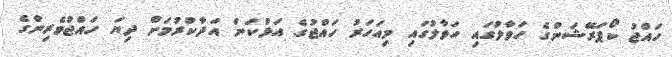
ހައްޖު ކޯޕަރޭޝަންގެ ހަވާލުގައި ހަވާލުގައި މިއަހަރު ހައްޖުގެ އަޅުކަން އަދާކުރުމަށް ދިޔަ ހައްޖުވެރިންގެ